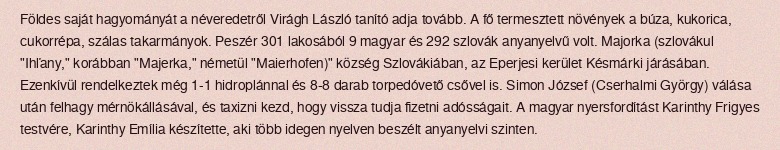
Földes saját hagyományát a néveredetről Virágh László tanító adja tovább. A fő termesztett növények a búza, kukorica, cukorrépa, szálas takarmányok. Peszér 301 lakosából 9 magyar és 292 szlovák anyanyelvű volt. Majorka (szlovákul "Ihľany," korábban "Majerka," németül "Maierhofen)" község Szlovákiában, az Eperjesi kerület Késmárki járásában. Ezenkívül rendelkeztek még 1-1 hidroplánnal és 8-8 darab torpedóvető csővel is. Simon József (Cserhalmi György) válása után felhagy mérnökállásával, és taxizni kezd, hogy vissza tudja fizetni adósságait. A magyar nyersfordítást Karinthy Frigyes testvére, Karinthy Emília készítette, aki több idegen nyelven beszélt anyanyelvi szinten.